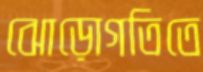
ঝোড়োগতিতে